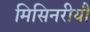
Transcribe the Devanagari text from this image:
मिसिनरीयौं